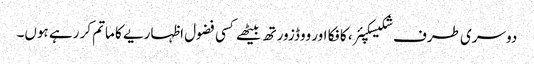
دوسری طرف شکیسکپئر، کافکا اور ووڈزورتھ بیٹھے کسی فضول اظہاریے کا ماتم کر رہے ہوں۔